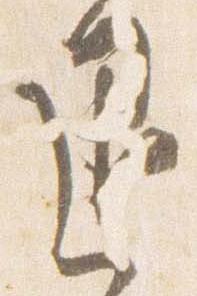
退